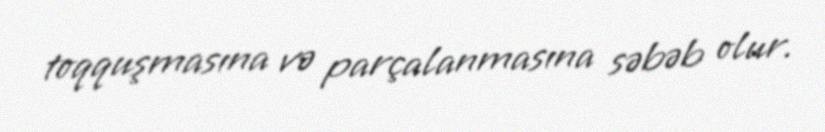
toqquşmasına və parçalanmasına səbəb olur.